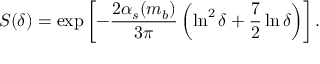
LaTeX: S ( \delta ) = \exp \left[ - \frac { 2 \alpha _ { s } ( m _ { b } ) } { 3 \pi } \left( \ln ^ { 2 } \delta + \frac { 7 } { 2 } \ln \delta \right) \right] .